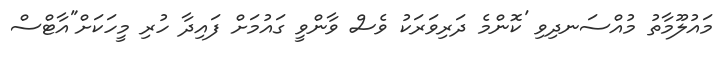
މައުލޫމާތު މުއްސަނދިވި 'ކޮންމެ ދަރިވަރަކު ވެސް ވާންވީ ގައުމަށް ފައިދާ ހުރި މީހަކަށް"އާޓްސް